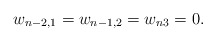
\begin{align*}w_{n-2,1}=w_{n-1,2}=w_{n3}=0.\end{align*}